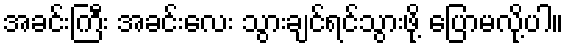
အခင်းကြီး အခင်းလေး သွားချင်ရင်သွားဖို့ ပြောမလို့ပါ။